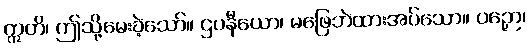
ဣတိ၊ ဤသို့မေးခဲ့သော်။ ဌပနီယော၊ မဖြေဘဲထားအပ်သော။ ပဉှော၊